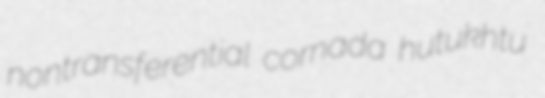
nontransferential cornada hutukhtu